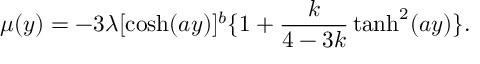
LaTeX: \mu ( y ) = - 3 \lambda [ \cosh ( a y ) ] ^ { b } \{ 1 + \frac { k } { 4 - 3 k } \operatorname { t a n h } ^ { 2 } ( a y ) \} .